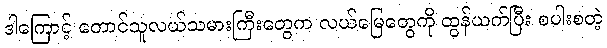
ဒါကြောင့် တောင်သူလယ်သမားကြီးတွေက လယ်မြေတွေကို ထွန်ယက်ပြီး စပါးစတဲ့